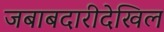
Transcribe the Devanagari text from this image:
जबाबदारीदेखिल